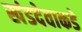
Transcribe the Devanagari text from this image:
खंडदेवाकडे